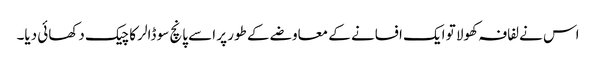
اس نے لفافہ کھولا تو ایک افسانے کے معاوضے کے طور پر اسے پانچ سو ڈالر کا چیک دکھائی دیا۔